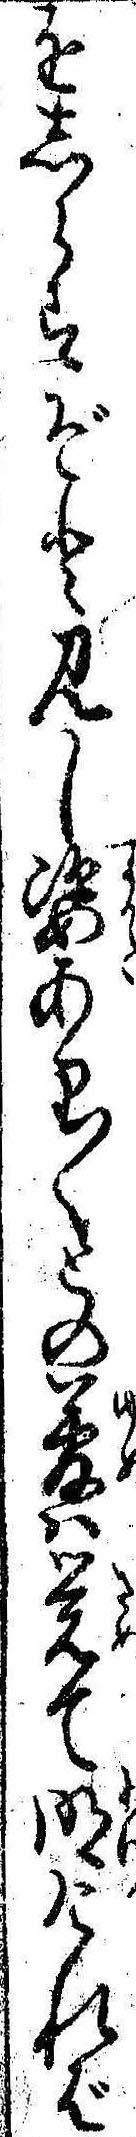
をしらすぞと見し姿あり〱との夢は覚て明ければ